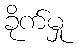
ခိုက်မှု